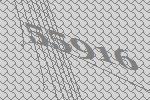
55916